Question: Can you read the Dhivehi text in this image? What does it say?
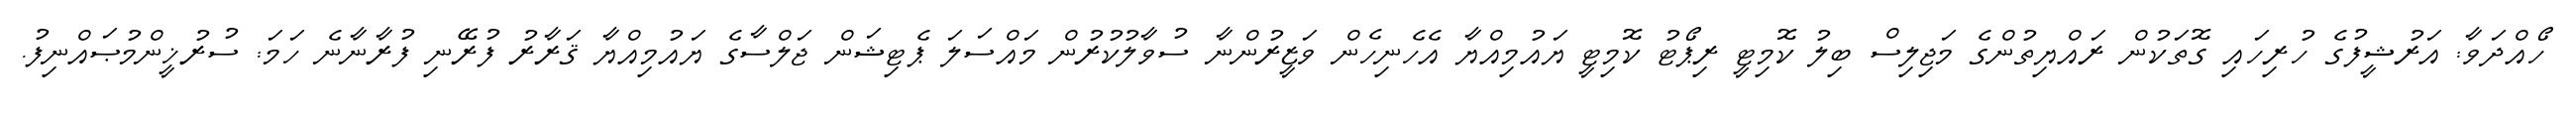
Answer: ހޯއްދަވާ: އަރުޝީފުގެ ހުރިހައި ގޮތަކުން ރައްޔިތުންގެ މަޖިލިސް ބިލު ކޮމިޓީ ރިޕޯޓު ކޮމިޓީ ޔައުމިއްޔާ އެހެނިހެން ވަޒީރުންނާ ސުވާލުކުރުން މައްސަލަ ޕެޓިޝަން ޖަލްސާގެ ޔައުމިއްޔާ ޤަރާރު ފުރޭނި ފުރާނާނެ ހަމަ: ސުރުޚީންމުޞައްނިފު.